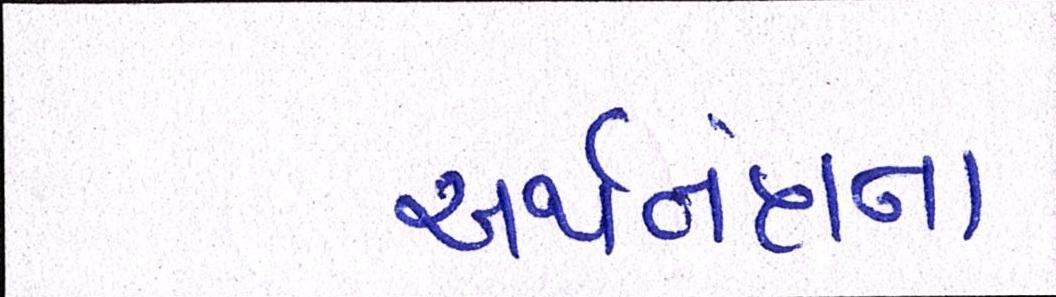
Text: અર્થતંત્રના